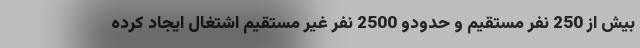
بیش از 250 نفر مستقیم و حدودو 2500 نفر غیر مستقیم اشتغال ایجاد کرده